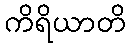
ကိရိယာတိ